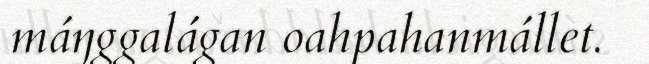
máŋggalágan oahpahanmállet.